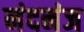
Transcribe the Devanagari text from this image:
नंदनंज